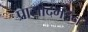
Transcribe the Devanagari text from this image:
प्रासादमंडन